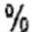
%